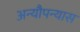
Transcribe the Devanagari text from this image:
अन्यौपन्यास